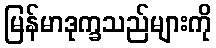
မြန်မာဒုက္ခသည်များကို